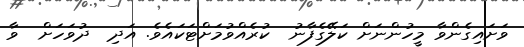
ވަށައިގެންވާ މީހުންނަށް ކަލޭގެފާނު  ކުރެއްވުމަށްޓަކައެވެ. އަދި  ދުވަހަށް  ވާ